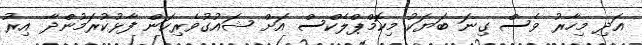
އަދި މިހާރު ވެސް ގިނަ ބަޔަކު މިކޮމްޕްލެކްސް އަށް ޝައުގުވެރިކަން ފާޅުކުރަމުންދާ އިރު